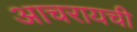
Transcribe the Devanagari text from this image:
आचरायची